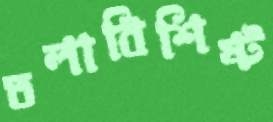
তলাবিশিষ্ট